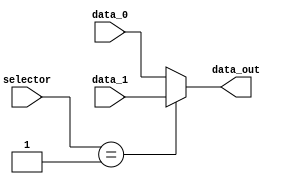
module mux12_2 (
    input wire [2:0] selector,
    input wire [31:0] data_0,
    input wire [31:0] data_1,
    output reg [31:0] data_out
);

    always @(selector or data_0 or data_1) begin
        case(selector)
            3'b000: data_out = data_0;
            3'b001: data_out = data_1;
            default: data_out = data_0;  
        endcase  
    end
    
endmodule